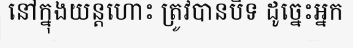
នៅក្នុងយន្តហោះ ត្រូវបានបិទ ដូច្នេះអ្នក